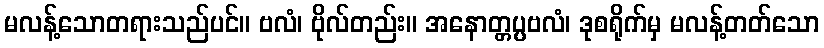
မလန့်သောတရားသည်ပင်။ ဗလံ၊ ဗိုလ်တည်း။ အနောတ္တပ္ပဗလံ၊ ဒုစရိုက်မှ မလန့်တတ်သော